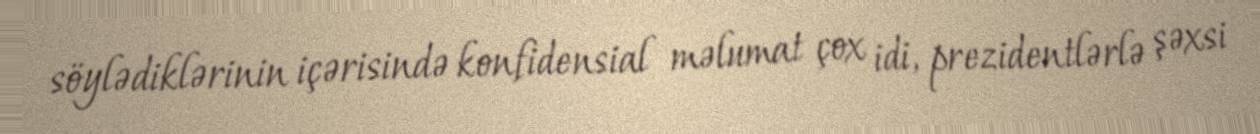
söylədiklərinin içərisində konfidensial məlumat çox idi, prezidentlərlə şəxsi